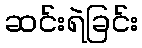
ဆင်းရဲခြင်း